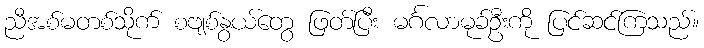
ညီအစ်မတစ်သိုက် စဗျစ်နွယ်တွေ ဖြတ်ပြီး မင်္ဂလာမုခ်ဦးကို ပြင်ဆင်ကြသည်။